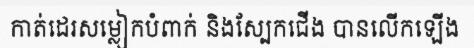
កាត់ដេរសម្លៀកបំពាក់ និងស្បែកជើង បានលើកឡើង